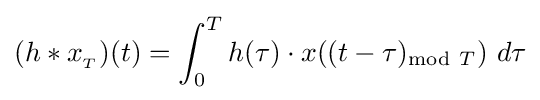
(h*x_{_{T}})(t)=\int _{0}^{T}h(\tau )\cdot x((t-\tau )_{\mathrm {mod} \ T})\ d\tau